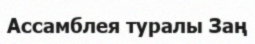
Ассамблея туралы Заң